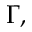
\Gamma ,